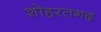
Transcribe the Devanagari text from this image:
शोहरतगढ़